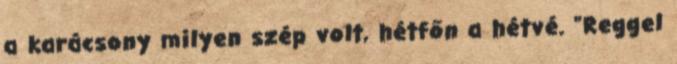
a karácsony milyen szép volt, hétfőn a hétvé. "Reggel